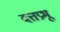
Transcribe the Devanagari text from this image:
दत्तप्रभू